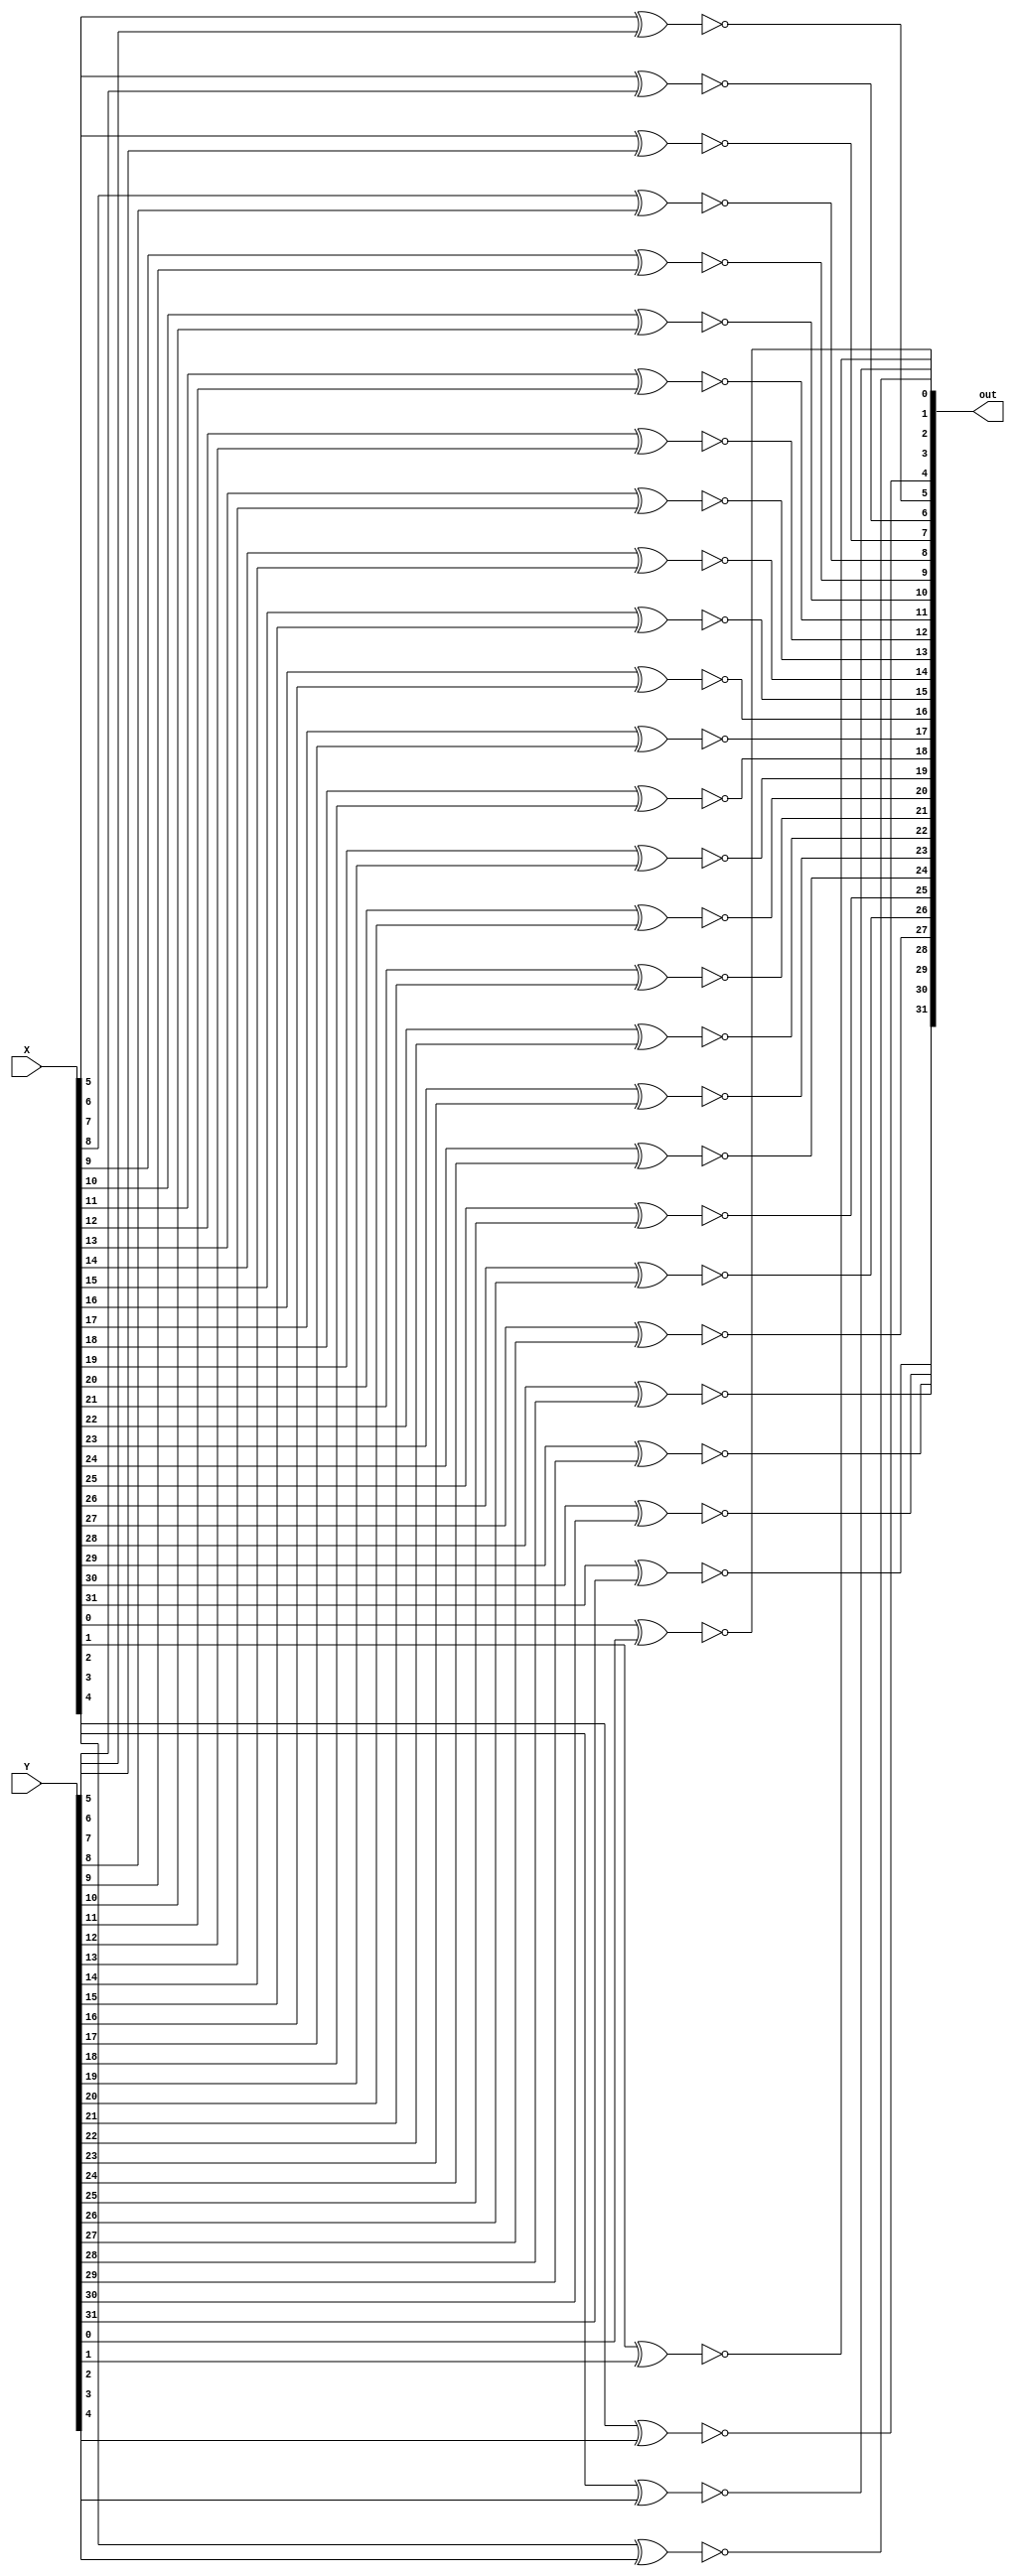
module bitwiseXNOR(out, X, Y);
	input [31:0] X, Y;
	output [31:0]out;

	xnor a(out[0], X[0], Y[0]);
	xnor b(out[1], X[1], Y[1]);
	xnor c(out[2], X[2], Y[2]);
	xnor d(out[3], X[3], Y[3]);
	xnor e(out[4], X[4], Y[4]);
	xnor f(out[5], X[5], Y[5]);
	xnor g(out[6], X[6], Y[6]);
	xnor h(out[7], X[7], Y[7]);
	xnor i(out[8], X[8], Y[8]);
	xnor j(out[9], X[9], Y[9]);
	xnor k(out[10], X[10], Y[10]);
	xnor l(out[11], X[11], Y[11]);
	xnor m(out[12], X[12], Y[12]);
	xnor n(out[13], X[13], Y[13]);
	xnor o(out[14], X[14], Y[14]);
	xnor p(out[15], X[15], Y[15]);
	xnor q(out[16], X[16], Y[16]);
	xnor r(out[17], X[17], Y[17]);
	xnor s(out[18], X[18], Y[18]);
	xnor t(out[19], X[19], Y[19]);
	xnor u(out[20], X[20], Y[20]);
	xnor v(out[21], X[21], Y[21]);
	xnor w(out[22], X[22], Y[22]);
	xnor x(out[23], X[23], Y[23]);
	xnor y(out[24], X[24], Y[24]);
	xnor z(out[25], X[25], Y[25]);
	xnor aa(out[26], X[26], Y[26]);
	xnor bb(out[27], X[27], Y[27]);
	xnor cc(out[28], X[28], Y[28]);
	xnor dd(out[29], X[29], Y[29]);
	xnor ee(out[30], X[30], Y[30]);
	xnor ff(out[31], X[31], Y[31]);

endmodule